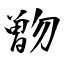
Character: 朆